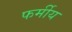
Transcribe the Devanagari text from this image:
फर्मीय